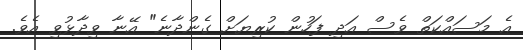
އެ މަސައްކަތް ވެސް އަދި ފަހުން ކުރިޔަށް ގެންދާނެ" އޭނާ ވިދާޅުވި އެވެ.